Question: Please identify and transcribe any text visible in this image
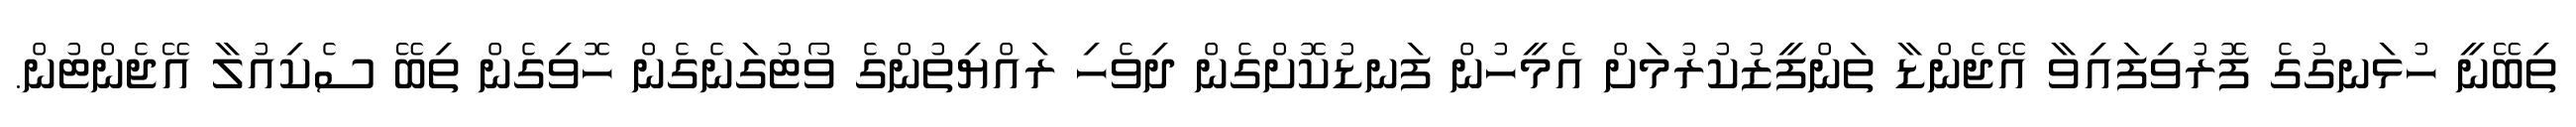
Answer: ތިބޭނީ ހުޅަނގުގެ ފޮރުވިފައިވާ އޭޖެންޑާ ތަންފީޒުކުރުމަށް އެމީހުން ފަނޑުކޮށްގެން ދިވެހި ރައްޔިތުންގެ ވޯޓުގަނެގެން ހޮވިގެން ތިބޭ ސެކިއުލާ އޭޖެންޓުން.